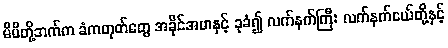
မိမိတို့ဘက်က ခံကတုတ်တွေ အခိုင်အမာနှင့် ခုခံ၍ လက်နက်ကြီး လက်နက်ငယ်တို့နှင့်